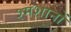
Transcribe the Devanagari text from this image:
श्मशानों